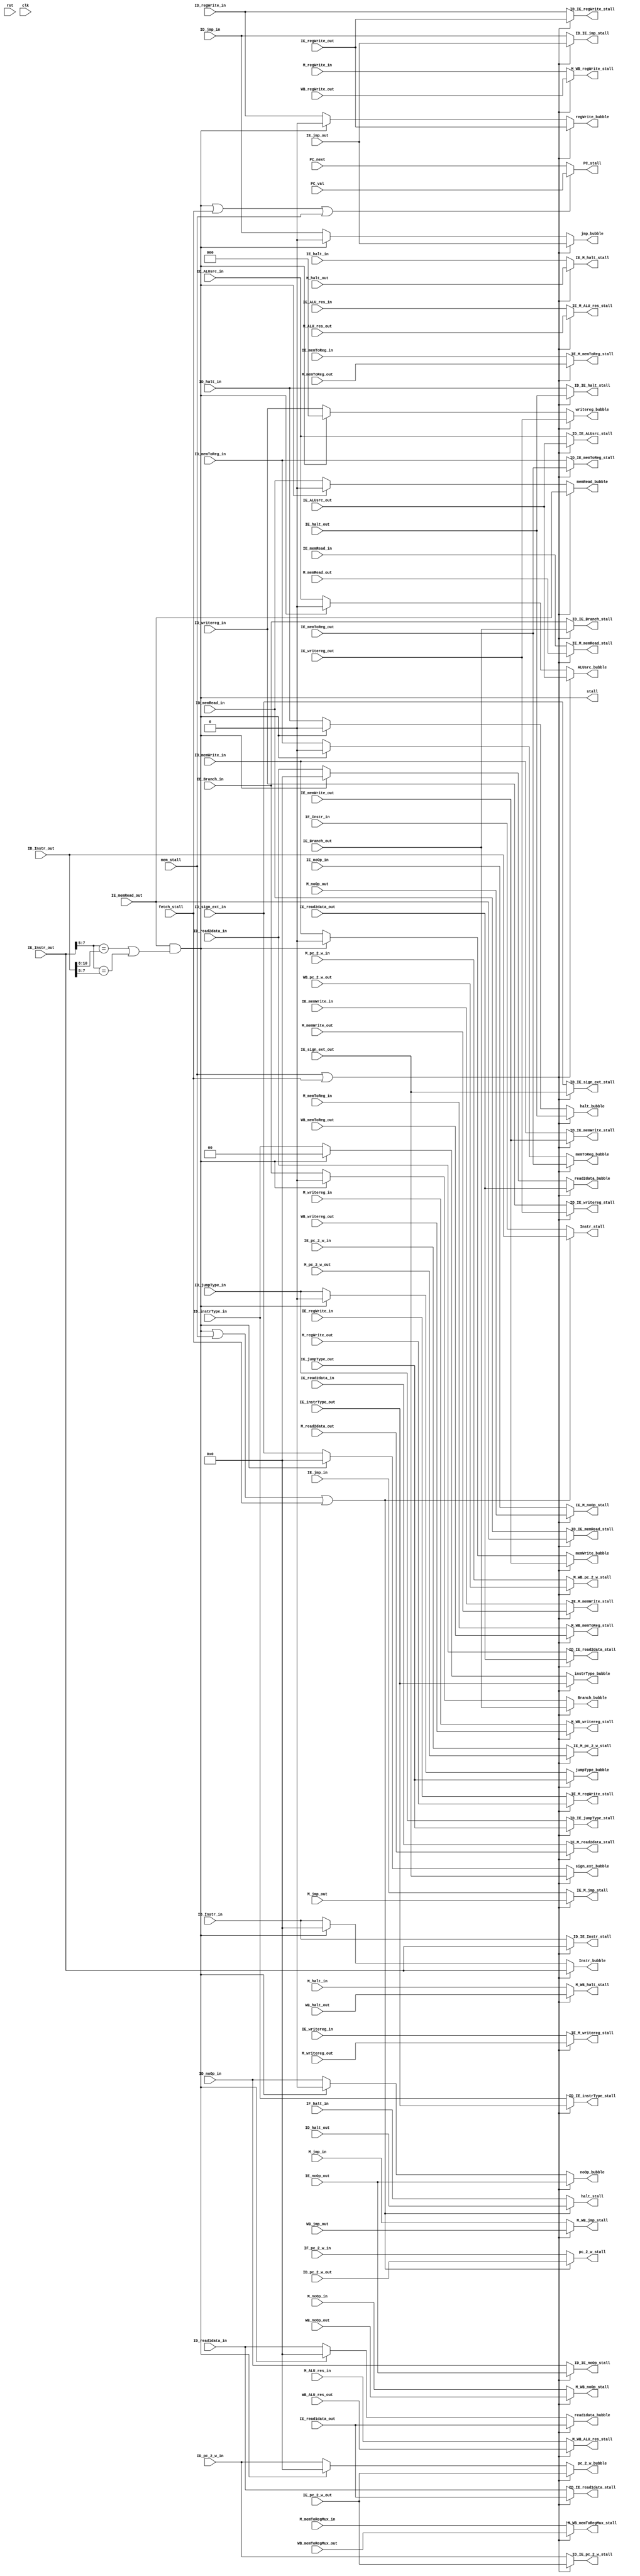
module stall(
		ID_Instr_out, IE_Instr_out, 
		IE_memRead_out, 
		rst, clk, stall,

		//fetch
		PC_stall, PC_val, PC_next, 
		IF_Instr_in, Instr_stall, 
		IF_pc_2_w_in, ID_pc_2_w_out, pc_2_w_stall,
		IF_halt_in, ID_halt_out, halt_stall, 

		//inputs from stalling memories
		fetch_stall, mem_stall,

		// Decode stage			
		ID_IE_Instr_stall,
		IE_read2data_out, ID_IE_read2data_stall,
		IE_read1data_out, ID_IE_read1data_stall,
		IE_sign_ext_out, ID_IE_sign_ext_stall,
		IE_pc_2_w_out, ID_IE_pc_2_w_stall,
		IE_Branch_out, ID_IE_Branch_stall,
		IE_ALUsrc_out, ID_IE_ALUsrc_stall,
		IE_memWrite_out, ID_IE_memWrite_stall,
	   IE_memToReg_out, ID_IE_memToReg_stall,
		IE_noOp_out, ID_IE_noOp_stall,
		IE_jmp_out, ID_IE_jmp_stall,
		ID_IE_memRead_stall,
		IE_jumpType_out, ID_IE_jumpType_stall,
		IE_regWrite_out, ID_IE_regWrite_stall,
		IE_halt_out, ID_IE_halt_stall,
		IE_writereg_out, ID_IE_writereg_stall,
	   IE_instrType_out, ID_IE_instrType_stall,

		// Execute stage
		IE_ALU_res_in, M_ALU_res_out, IE_M_ALU_res_stall,
		IE_read2data_in, M_read2data_out, IE_M_read2data_stall, 
		IE_pc_2_w_in, M_pc_2_w_out, IE_M_pc_2_w_stall,
		IE_memWrite_in, M_memWrite_out, IE_M_memWrite_stall,
		IE_memToReg_in, M_memToReg_out, IE_M_memToReg_stall, 
		IE_noOp_in, M_noOp_out, IE_M_noOp_stall,
     	IE_jmp_in, M_jmp_out, IE_M_jmp_stall,
		IE_memRead_in, M_memRead_out, IE_M_memRead_stall, 
		IE_regWrite_in, M_regWrite_out, IE_M_regWrite_stall,
		IE_halt_in, M_halt_out, IE_M_halt_stall,
		IE_writereg_in, M_writereg_out, IE_M_writereg_stall,

		// Memory
		M_ALU_res_in, WB_ALU_res_out, M_WB_ALU_res_stall, 
		M_pc_2_w_in, WB_pc_2_w_out, M_WB_pc_2_w_stall, 
		M_memToRegMux_in, WB_memToRegMux_out, M_WB_memToRegMux_stall,
		M_memToReg_in, WB_memToReg_out, M_WB_memToReg_stall, 
		M_noOp_in, WB_noOp_out, M_WB_noOp_stall, 
		M_jmp_in, WB_jmp_out, M_WB_jmp_stall,
		M_regWrite_in, WB_regWrite_out, M_WB_regWrite_stall,
		M_halt_in, WB_halt_out, M_WB_halt_stall,
		M_writereg_in, WB_writereg_out, M_WB_writereg_stall,

		//bubbles
		ID_Branch_in, Branch_bubble,
		ID_ALUsrc_in, ALUsrc_bubble,
		ID_memWrite_in, memWrite_bubble,
		ID_memRead_in, memRead_bubble,
		ID_memToReg_in, memToReg_bubble,
		ID_noOp_in, noOp_bubble,
		ID_jmp_in, jmp_bubble,
		ID_jumpType_in, jumpType_bubble,
		ID_regWrite_in, regWrite_bubble,
		ID_halt_in, halt_bubble,
      ID_instrType_in, instrType_bubble,
		ID_Instr_in, Instr_bubble,
		ID_writereg_in, writereg_bubble,
		ID_read2data_in, read2data_bubble,
		ID_read1data_in, read1data_bubble,
		ID_pc_2_w_in, pc_2_w_bubble,
		ID_sign_ext_in, sign_ext_bubble);

	input rst, clk;

	// Input: Load word stall hazard
	input IE_memRead_out, IF_halt_in, ID_halt_out;

	// Input: Load word stall hazard
	input [15:0] IE_Instr_out, ID_Instr_out;

	// Input: Stall PC val for word stall hazard
	input [15:0] PC_val, PC_next;
	
	// Input: Stall Instr, pc_2_w, halt for word stall hazard
	input [15:0] IF_Instr_in, IF_pc_2_w_in, ID_pc_2_w_out;

	output stall, halt_stall;

	// Output: Stalled Instr, pc_2_w, halt for word stall hazard
	output [15:0] PC_stall, Instr_stall, pc_2_w_stall;
	
	//inputs from stalling memory
	input fetch_stall, mem_stall;

	//input decode
	input [15:0] IE_read2data_out, IE_read1data_out, IE_sign_ext_out, IE_pc_2_w_out;

	input IE_Branch_out, IE_ALUsrc_out, IE_memWrite_out, IE_memToReg_out, IE_noOp_out, IE_jmp_out,
			IE_jumpType_out, IE_regWrite_out, IE_halt_out;

	input [2:0] IE_writereg_out;
			
	input [1:0] IE_instrType_out;

	//output decode
	output [15:0] ID_IE_Instr_stall, ID_IE_read2data_stall, ID_IE_read1data_stall, ID_IE_sign_ext_stall, 
						ID_IE_pc_2_w_stall;

	output ID_IE_Branch_stall, ID_IE_ALUsrc_stall, ID_IE_memWrite_stall, ID_IE_memToReg_stall, ID_IE_noOp_stall, 
			 ID_IE_jmp_stall, ID_IE_memRead_stall, ID_IE_jumpType_stall, ID_IE_regWrite_stall, ID_IE_halt_stall;

	output [2:0] ID_IE_writereg_stall;

	output [1:0] ID_IE_instrType_stall;

	//input execute
	input [15:0] IE_ALU_res_in, M_ALU_res_out, IE_read2data_in, M_read2data_out, IE_pc_2_w_in, M_pc_2_w_out;

	input IE_memWrite_in, M_memWrite_out, IE_memToReg_in, M_memToReg_out, IE_noOp_in, M_noOp_out, IE_jmp_in, M_jmp_out, 
			IE_memRead_in, M_memRead_out, IE_regWrite_in, M_regWrite_out, IE_halt_in, M_halt_out;
	
	input [2:0] IE_writereg_in, M_writereg_out;

	//output execute
	output [15:0] IE_M_ALU_res_stall, IE_M_read2data_stall, IE_M_pc_2_w_stall;
	
	output IE_M_memWrite_stall, IE_M_memToReg_stall, IE_M_noOp_stall, IE_M_jmp_stall, IE_M_memRead_stall, 
				IE_M_regWrite_stall, IE_M_halt_stall;
				
	output [2:0] IE_M_writereg_stall;
	
	//input Memory
	input [15:0] M_ALU_res_in, WB_ALU_res_out, M_pc_2_w_in, WB_pc_2_w_out, M_memToRegMux_in, WB_memToRegMux_out;
	
	input M_memToReg_in, WB_memToReg_out, M_noOp_in, WB_noOp_out, M_jmp_in, 
			WB_jmp_out, M_regWrite_in, WB_regWrite_out, M_halt_in, WB_halt_out;
			
	input [2:0] M_writereg_in, WB_writereg_out;
	
	//output memory
	output [15:0] M_WB_memToRegMux_stall, M_WB_ALU_res_stall, M_WB_pc_2_w_stall;
	
	output M_WB_memToReg_stall, M_WB_noOp_stall, M_WB_jmp_stall, M_WB_regWrite_stall, 
			M_WB_halt_stall;
			
	output [2:0] M_WB_writereg_stall;

        // Input: Bubble
	input ID_Branch_in, ID_ALUsrc_in, ID_memWrite_in, ID_memRead_in, ID_memToReg_in,
	      ID_noOp_in, ID_jmp_in, ID_jumpType_in, ID_regWrite_in, ID_halt_in;

	input [1:0] ID_instrType_in;

	input [2:0] ID_writereg_in;

	input [15:0] ID_Instr_in, ID_read2data_in, ID_read1data_in, ID_sign_ext_in, ID_pc_2_w_in;

        // Output: Bubble
	output Branch_bubble, ALUsrc_bubble, memWrite_bubble, memRead_bubble, memToReg_bubble, 
	       noOp_bubble, jmp_bubble, jumpType_bubble, regWrite_bubble, halt_bubble;

	output [1:0] instrType_bubble;
	
	output [2:0] writereg_bubble;

	output [15:0] Instr_bubble, read2data_bubble, read1data_bubble, sign_ext_bubble, pc_2_w_bubble;

	//load use hazard stall
   assign stall = IE_memRead_out && ((IE_Instr_out[7:5] == ID_Instr_out[10:8]) || (IE_Instr_out[7:5] == ID_Instr_out[7:5]));

	assign PC_stall = (stall || fetch_stall || mem_stall) ?  PC_val : PC_next;

	assign Instr_stall = (stall || mem_stall || fetch_stall) ?  ID_Instr_out :
									IF_Instr_in;

	assign pc_2_w_stall = (stall || mem_stall || fetch_stall) ? ID_pc_2_w_out : 
										IF_pc_2_w_in;

	assign halt_stall = (stall || mem_stall || fetch_stall) ? ID_halt_out : 
									IF_halt_in;

	//handle stalls for decode
	assign ID_IE_Instr_stall = (mem_stall || fetch_stall) ? IE_Instr_out : ID_Instr_in;
	
	assign ID_IE_read2data_stall = (mem_stall || fetch_stall) ? IE_read2data_out : ID_read2data_in;
	
	assign ID_IE_read1data_stall = (mem_stall || fetch_stall) ? IE_read1data_out : ID_read1data_in;
	
	assign ID_IE_sign_ext_stall = (mem_stall || fetch_stall) ? IE_sign_ext_out : ID_sign_ext_in;
	
	assign ID_IE_pc_2_w_stall = (mem_stall || fetch_stall) ? IE_pc_2_w_out : ID_pc_2_w_in;
	
	assign ID_IE_Branch_stall = (mem_stall || fetch_stall) ? IE_Branch_out : ID_Branch_in;
	
	assign ID_IE_ALUsrc_stall = (mem_stall || fetch_stall) ? IE_ALUsrc_out : ID_ALUsrc_in;
	
	assign ID_IE_memWrite_stall = (mem_stall || fetch_stall) ? IE_memWrite_out : ID_memWrite_in;
	
	assign ID_IE_memToReg_stall = (mem_stall || fetch_stall) ? IE_memToReg_out : ID_memToReg_in;
	
	assign ID_IE_noOp_stall = (mem_stall || fetch_stall) ? IE_noOp_out : ID_noOp_in;
	
	assign ID_IE_jmp_stall = (mem_stall || fetch_stall) ? IE_jmp_out : ID_jmp_in;
	
	assign ID_IE_memRead_stall = (mem_stall || fetch_stall) ? IE_memRead_out : ID_memRead_in;
	
	assign ID_IE_jumpType_stall = (mem_stall || fetch_stall) ? IE_jumpType_out : ID_jumpType_in;
	
	assign ID_IE_regWrite_stall = (mem_stall || fetch_stall) ? IE_regWrite_out : ID_regWrite_in;
	
	assign ID_IE_halt_stall = (mem_stall || fetch_stall) ? IE_halt_out : ID_halt_in;
	
	assign ID_IE_writereg_stall = (mem_stall || fetch_stall) ? IE_writereg_out : ID_writereg_in;
	
	assign ID_IE_instrType_stall = (mem_stall || fetch_stall) ? IE_instrType_out : ID_instrType_in;
	
	//handle stalls for execute
	assign IE_M_ALU_res_stall = (mem_stall || fetch_stall) ? M_ALU_res_out : IE_ALU_res_in;
	
	assign IE_M_read2data_stall = (mem_stall || fetch_stall) ? M_read2data_out : IE_read2data_in;
	
	assign IE_M_pc_2_w_stall = (mem_stall || fetch_stall) ? M_pc_2_w_out : IE_pc_2_w_in;
	
	assign IE_M_memWrite_stall = (mem_stall || fetch_stall) ? M_memWrite_out : IE_memWrite_in;
	
	assign IE_M_memToReg_stall = (mem_stall || fetch_stall) ? M_memToReg_out : IE_memToReg_in;
	
	assign IE_M_noOp_stall = (mem_stall || fetch_stall) ? M_noOp_out : IE_noOp_in;
	
	assign IE_M_jmp_stall = (mem_stall || fetch_stall) ? M_jmp_out : IE_jmp_in;
	
	assign IE_M_memRead_stall = (mem_stall || fetch_stall) ? M_memRead_out : IE_memRead_in;
	
	assign IE_M_regWrite_stall = (mem_stall || fetch_stall) ? M_regWrite_out : IE_regWrite_in;
	
	assign IE_M_halt_stall = (mem_stall || fetch_stall) ? M_halt_out : IE_halt_in;
	
	assign IE_M_writereg_stall = (mem_stall || fetch_stall) ? M_writereg_out : IE_writereg_in;

	//handle stalls for memory. Insert bubbles when mem is stalling
	assign M_WB_ALU_res_stall = (mem_stall || fetch_stall) ? WB_ALU_res_out : M_ALU_res_in;
	
	assign M_WB_pc_2_w_stall = (mem_stall || fetch_stall) ? WB_pc_2_w_out : M_pc_2_w_in;
	
	assign M_WB_memToRegMux_stall = (mem_stall || fetch_stall) ? WB_memToRegMux_out : M_memToRegMux_in; 
	
	assign M_WB_memToReg_stall = (mem_stall || fetch_stall) ? WB_memToReg_out : M_memToReg_in;
	
	assign M_WB_noOp_stall = (mem_stall || fetch_stall) ? WB_noOp_out : M_noOp_in; 
	
	assign M_WB_jmp_stall = (mem_stall || fetch_stall) ? WB_jmp_out : M_jmp_in;
	
	assign M_WB_regWrite_stall = (mem_stall || fetch_stall) ? WB_regWrite_out : M_regWrite_in; 
	
	assign M_WB_halt_stall = (mem_stall || fetch_stall) ? WB_halt_out : M_halt_in;
	
	assign M_WB_writereg_stall = (mem_stall || fetch_stall) ? WB_writereg_out : M_writereg_in;
	
   // Insert a "bubble": Set the control bits in the EX/MEM/WB control fields of the ID/EX pipline register to 0 (nop) 

	assign Instr_bubble = (mem_stall || fetch_stall) ? IE_Instr_out :
										stall ? 16'h0000 : 
											ID_Instr_in;

	assign Branch_bubble = (mem_stall || fetch_stall)? IE_Branch_out :
										stall ? 1'b0 : 
											ID_Branch_in; 

   assign instrType_bubble = (mem_stall || fetch_stall) ? IE_instrType_out :
   										stall ? 2'b00 : 
   											ID_instrType_in;

   assign ALUsrc_bubble = (mem_stall || fetch_stall) ? IE_ALUsrc_out : 
   									stall ? 1'b0 : 
   										ID_ALUsrc_in;  

   assign memWrite_bubble = (mem_stall || fetch_stall) ? IE_memWrite_out :
   									stall ? 1'b0 : ID_memWrite_in; 

   assign memRead_bubble = (mem_stall || fetch_stall) ? IE_memRead_out : 
   									stall ? 1'b0 : ID_memRead_in; 

   assign memToReg_bubble = (mem_stall || fetch_stall) ? IE_memToReg_out : 
   									stall ? 1'b0 : ID_memToReg_in; 

 	assign noOp_bubble = (mem_stall || fetch_stall) ? IE_noOp_out :
 									stall ? 1'b0 : ID_noOp_in; 

   assign jmp_bubble = (mem_stall || fetch_stall) ? IE_jmp_out :
   							stall ? 1'b0 : ID_jmp_in; 

   assign jumpType_bubble = (mem_stall || fetch_stall) ? IE_jumpType_out : 
   									stall ? 1'b0 : ID_jumpType_in; 

   assign regWrite_bubble = (mem_stall || fetch_stall) ? IE_regWrite_out : 
   									stall ? 1'b0 : ID_regWrite_in; 

   assign halt_bubble = (mem_stall || fetch_stall) ? IE_halt_out :
   								stall ? 1'b0 : ID_halt_in; 

	assign writereg_bubble = (mem_stall || fetch_stall) ? IE_writereg_out :
										stall ? 3'b000: ID_writereg_in;

   assign read2data_bubble = (mem_stall || fetch_stall) ? IE_read2data_out : 
   										stall ? 16'h0000 : ID_read2data_in;
	
	assign read1data_bubble = (mem_stall || fetch_stall) ? IE_read1data_out :
											stall ? 16'h0000 : ID_read1data_in;

   assign sign_ext_bubble = (mem_stall || fetch_stall) ? IE_sign_ext_out : 
   									stall ? 16'h0000 : ID_sign_ext_in;

   assign pc_2_w_bubble = (mem_stall || fetch_stall) ? IE_pc_2_w_out :
   									stall ? 16'h0000 : ID_pc_2_w_in;
	

endmodule